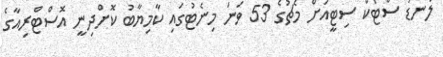
ލަނޑު ސްޓޯކް ސިޓީއަށް މެޗުގެ 53 ވަނަ މިނެޓުގައި ކާމިޔާބު ކޮށްދިނީ އޮސްޓްރިއާގެ